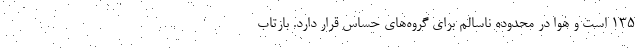
۱۳۵ است و هوا در محدوده ناسالم برای گروه‌های حساس قرار دارد. بازتاب